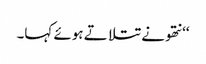
‘‘ نتھو نے تتلاتے ہوئے کہا۔